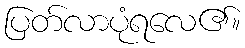
ပြတ်လာပုံရလေ၏။